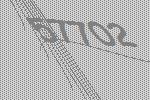
57702